Vaccination in Burma 1889-1999 - 1889-1999
Year: 1889
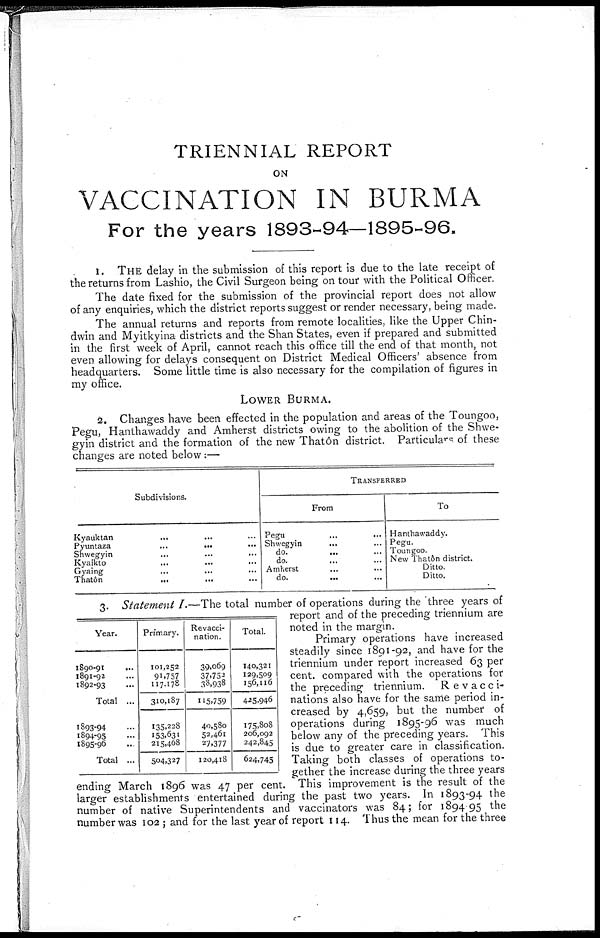
TRIENNIAL REPORT
ON
VACCINATION IN BURMA
For the years 1893-94—1895-96.
1. THE delay in the submission of this report is due to the late receipt of
the returns from Lashio, the Civil Surgeon being on tour with the Political Officer.
The date fixed for the submission of the provincial report does not allow
of any enquiries, which the district reports suggest or render necessary, being made.
The annual returns and reports from remote localities, like the Upper Chin-
dwin and Myitkyina districts and the Shan States, even if prepared and submitted
in the first week of April, cannot reach this office till the end of that month, not
even allowing for delays consequent on District Medical Officers' absence from
headquarters. Some little time is also necessary for the compilation of figures in
my office.
LOWER BURMA.
2. Changes have been effected in the population and areas of the Toungoo,
Pegu, Hanthawaddy and Amherst districts owing to the abolition of the Shwe-
gyin district and the formation of the new Thatôn district. Particulars of these
changes are noted below :—
Subdivisions.
Kyauktan ... ... ...
Pyuntaza
...
... ...
Shwegyin
...
...
...
Kyaikto ... ... ...
Gyaing
... ... ...
Thatôn
...
... ...
TRANSFERRED
From
Pegu ... ...
Shwegyin ... ...
do. ... ...
do. ... ...
Amherst ... ...
do.
...
...
To
Hanthawaddy.
Pegu.
Toungoo.
New Thatôn district.
Ditto.
Ditto.
3. Statement I.—The total number of operations during the three years of
report and of the preceding triennium are
noted in the margin.
Primary operations have increased
steadily since 1891-92, and have for the
triennium under report increased 63 per
cent. compared with the operations for
the preceding triennium.
Revacci-
nations also have for the same period in-
creased by 4,659, but the number of
operations during 1895-96 was much
below any of the preceding years. This
is due to greater care in classification.
Taking both classes of operations to-
gether the increase during the three years
ending March 1896 was 47 per cent. This improvement is the result of the
larger establishments entertained during the past two years. In 1893-94 the
number of native Superintendents and vaccinators was 84; for 1894-95 the
number was 102 ; and for the last year of report 114. Thus the mean for the three
Year.
1890-91
...
1891-92 ...
1892-93 ...
Total ...
1893-94 ...
1894-95 ...
1895-96 ...
Total ...
Primary.
101,252
91,757
117,178
310,187
135,228
153,631
215,468
504,327
Revacci-
nation.
39,069
37,753
33,938
115,759
40,580
52,461
27,377
120,418
Total.
140,321
129,509
156,116
425,946
175,808
206,092
242,845
624,745